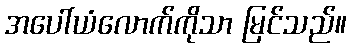
အပေါ်ယံလောက်ကိုသာ မြင်သည်။